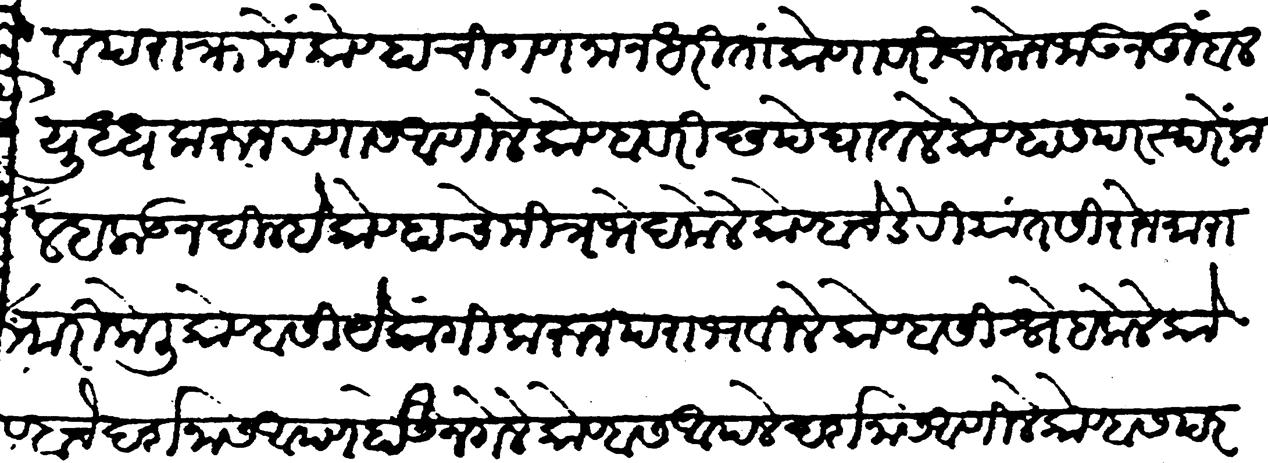
Transliteration (Devanagari): व पराक्रमे कोण्हाची गणना न धरिता कोण्हावरी चालोन जावून तुंबल युद्ध करून रणास आणीले कोण्हावरी छपे घातले कोण्हास परस्परे कलह लाउन दिल्हे कोण्हाचे मित्रभेद केले कोण्हाचे डेरिस सिरोन मारामारी केली कोण्हासी येकांगी करून पराभवीले कोण्हासी स्नेह केले कोण्हाचे दर्शनास आपणहोऊन गेले कोण्हास आपले दर्शनास आणिले कोण्हास परस्परे